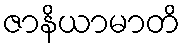
ဇာနိယာမာတိ